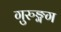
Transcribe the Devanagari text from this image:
गुरुङ्गग